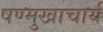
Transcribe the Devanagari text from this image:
षण्मुखाचार्य